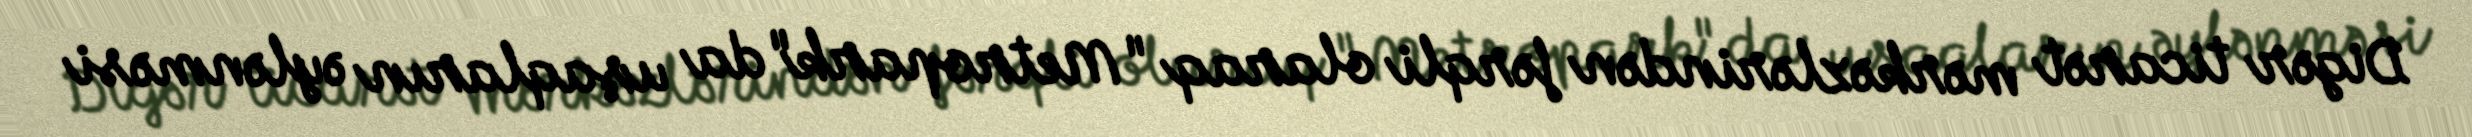
Digər ticarət mərkəzlərindən fərqli olaraq "Metropark"da uşaqların əylənməsi